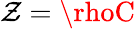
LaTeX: \mathcal{Z}=\rhoC